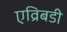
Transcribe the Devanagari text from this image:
एव्रिबडी